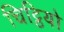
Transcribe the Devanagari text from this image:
चिट्ठियो